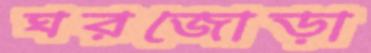
ঘরজোড়া